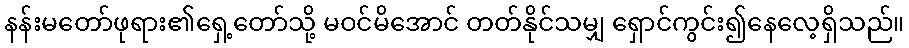
နန်းမတော်ဖုရား၏ရှေ့တော်သို့ မဝင်မိအောင် တတ်နိုင်သမျှ ရှောင်ကွင်း၍နေလေ့ရှိသည်။